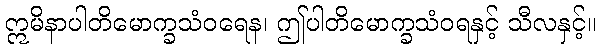
ဣမိနာပါတိမောက္ခသံဝရေန၊ ဤပါတိမောက္ခသံဝရနှင့် သီလနှင့်။